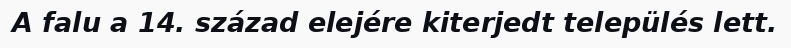
A falu a 14. század elejére kiterjedt település lett.